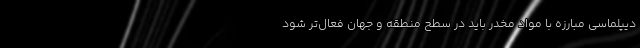
دیپلماسی مبارزه با مواد مخدر باید در سطح منطقه و جهان فعال‌تر شود